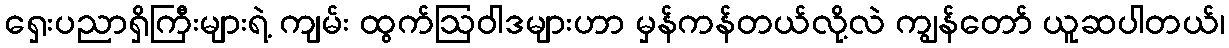
ရှေးပညာရှိကြီးများရဲ့ ကျမ်း ထွက်ဩဝါဒများဟာ မှန်ကန်တယ်လို့လဲ ကျွန်တော် ယူဆပါတယ်၊